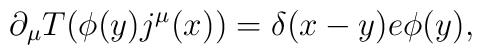
\partial_{\mu}T(\phi(y)j^{\mu}(x))=\delta(x-y)e\phi(y),